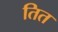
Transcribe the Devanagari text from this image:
तित